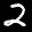
Label: 2